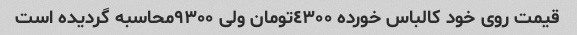
قیمت روی خود کالباس خورده ٤٣٠٠تومان ولی ٩٣٠٠محاسبه گردیده است